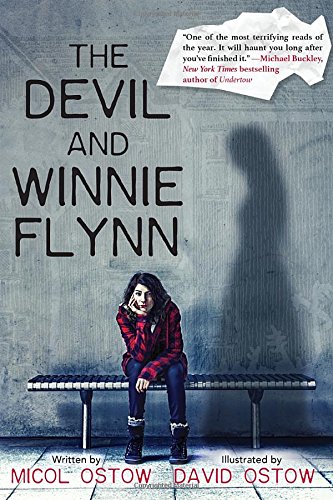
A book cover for The Devil and Winnie Flynn; Micol Ostow; Teen & Young Adult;